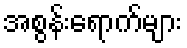
အစွန်းရောက်များ